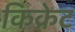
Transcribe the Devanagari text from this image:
किक्रेट